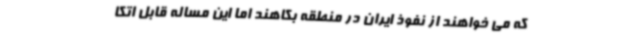
که می خواهند از نفوذ ایران در منطقه بکاهند اما این مساله قابل اتکا